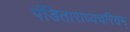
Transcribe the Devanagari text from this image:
पंडिताराध्यचरितम्